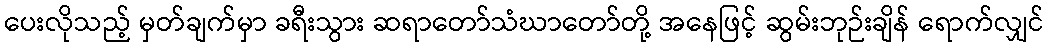
ပေးလိုသည့် မှတ်ချက်မှာ ခရီးသွား ဆရာတော်သံဃာတော်တို့ အနေဖြင့် ဆွမ်းဘုဉ်းချိန် ရောက်လျှင်